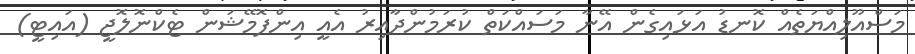
މަސްއޫލިއްޔަތެއް ކޮނޑު އަޅައިގެން އޭނާ މަސައްކަތް ކުރަމުންދާއިރު އެއީ އިންފޮމޭޝަން ޓެކްނޮލޮޖީ (އައިޓީ)